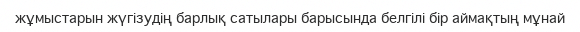
жұмыстарын жүгізудің барлық сатылары барысында белгілі бір аймақтың мұнай